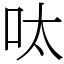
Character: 呔